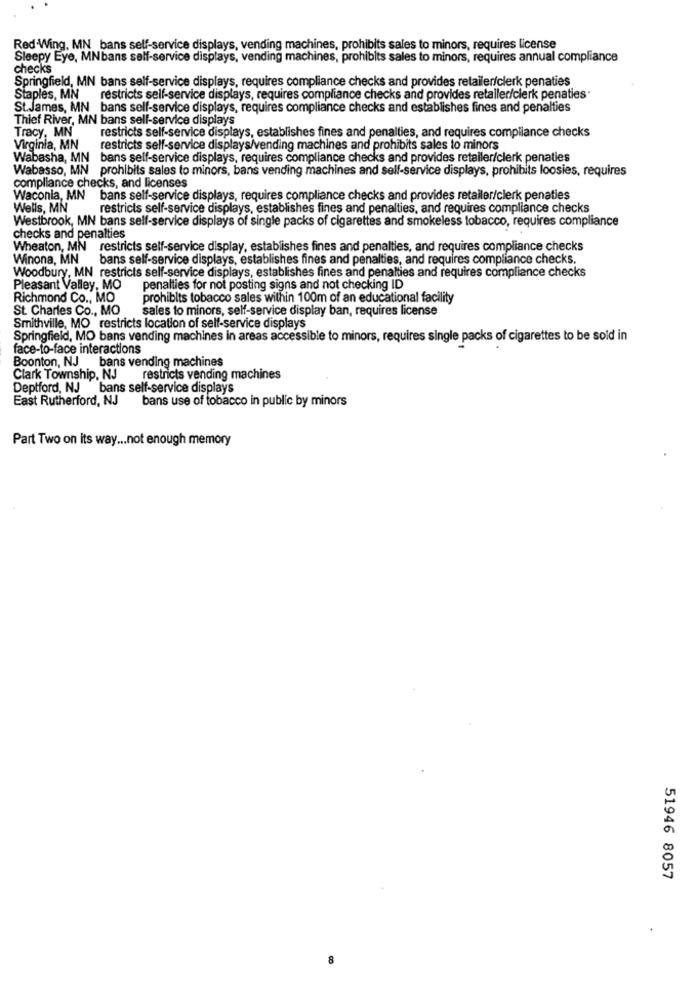
Red Wing, MN bans self-service displays, vending machines, prohibits sales to minors, requires license
Sleepy Eye, MNbans self-service displays, vending machines, prohibits sales to minors, requires annual compliance
checks
Springfield, MN bans self-service displays, requires compliance checks and provides retailer/clerk penaties
Staples, MN
restricts self-service displays, requires compliance checks and provides retailer/clerk penaties.
St. James, MN bans self-service displays, requires compliance checks and establishes fines and penalties
Thief River, MN bans self-service displays
Tracy, MN
restricts self-service displays, establishes fines and penalties, and requires compliance checks
Virginia, MN
restricts self-service displays/vending machines and prohibits sales to minors
Wabasha, MN bans self-service displays, requires compliance checks and provides retailer/clerk penaties
Wabasso, MN prohibits sales to minors, bans vending machines and self-service displays, prohibits loosies, requires
compliance checks, and licenses
Waconia, MN bans self-service displays, requires compliance checks and provides retailer/clerk penaties
Wells, MN
restricts self-service displays, establishes fines and penalties, and requires compliance checks
Westbrook, MN bans self-service displays of single packs of cigarettes and smokeless tobacco, requires compliance
checks and penalties
Wheaton, MN restricts self-service display, establishes fines and penalties, and requires compliance checks
Winona, MN
bans self-service displays, establishes fines and penalties, and requires compliance checks.
Woodbury, MN restricts self-service displays, establishes fines and penalties and requires compliance checks
Pleasant Valley, MO
penalties for not posting signs and not checking ID
Richmond Co ., MO
prohibits tobacco sales within 100m of an educational facility
St. Charles Co ., MO
sales to minors, self-service display ban, requires license
Smithville, MO restricts location of self-service displays
Springfield, MO bans vending machines in areas accessible to minors, requires single packs of cigarettes to be sold in
face-to-face interactions
Boonton, NJ bans vending machines
Clark Township, NJ
restricts vending machines
Deptford, NJ bans self-service displays
East Rutherford, NJ
bans use of tobacco in public by minors
Part Two on its way ... not enough memory
51946 8057
8